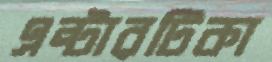
এন্টারটিকা